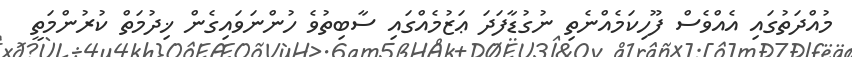
މުއްދަތުގައި އެއްވެސް ފޫހިކަމެއްނެތި ނުގުޑާފަދަ ޢަޒުމެއްގައި ސާބިތުވެ ހުންނަވައިގެން ޚިދުމަތް ކުރުންމަތީ